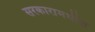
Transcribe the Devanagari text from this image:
सरकारामधील